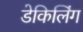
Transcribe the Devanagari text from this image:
डेकिलिंग